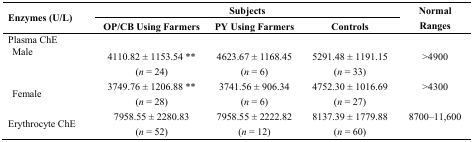
| <ROWSPAN=2> Enzymes (U/L) | <COLSPAN=3> Subjects | <ROWSPAN=2> Normal Ranges |
 | OP/CB Using Farmers | PY Using Farmers | Controls |
 | --- | --- | --- | --- | --- |
 | Plasma ChE |  |  |  |  |
 | Male | 4110.82 ± 1153.54 ** (n = 24) | 4623.67 ± 1168.45 (n = 6) | 5291.48 ± 1191.15 (n = 33) | >4900 |
 | Female | 3749.76 ± 1206.88 ** (n = 28) | 3741.56 ± 906.34 (n = 6) | 4752.30 ± 1016.69 (n = 27) | >4300 |
 | Erythrocyte ChE | 7958.55 ± 2280.83 (n = 52) | 7958.55 ± 2222.82 (n = 12) | 8137.39 ± 1779.88 (n = 60) | 8700–11,600 |